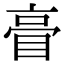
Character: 𥆕